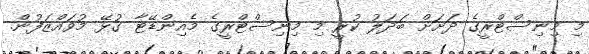
މި މިނިސްޓްރީގެ ދަށަށް ބަދަލު ކުރީ މި މިނިސްޓްރީގެ މެއިންޑޭޓާ ގުޅޭ މުވައްޒަފުން.